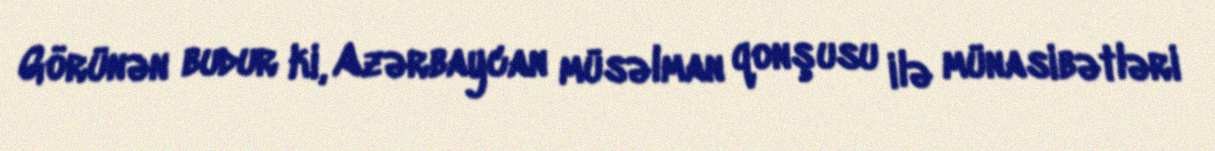
Görünən budur ki, Azərbaycan müsəlman qonşusu ilə münasibətləri